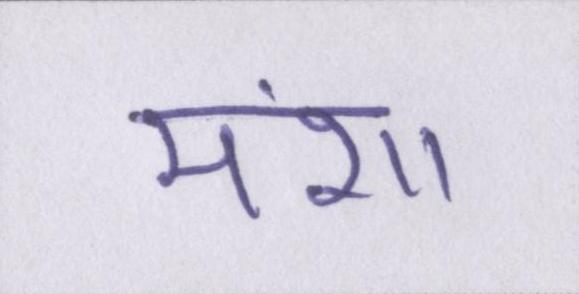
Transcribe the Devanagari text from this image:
मंशा